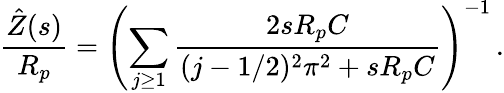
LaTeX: \frac{\hat{Z}(s)}{R_{p}}=\left(\sum_{j\ge 1}\frac{2sR_{p}C}{(j-1/2)^{2}\pi^{2}+sR_{p}C}\right)^{-1}\, .